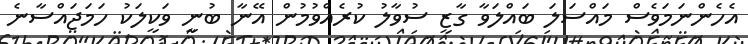
އެހެންނަމަވެސް މައްސަލަ ބައްލަވާ ގާޒީ ސުވާލު ކުރެއްވުމުން އޭނާ ބުނީ ވަކީލަކު ހަމަޖައްސާނެ